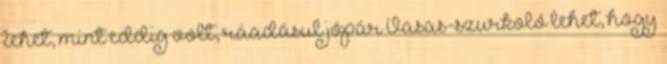
lehet, mint eddig volt, ráadásul jópár Vasas-szurkoló lehet, hogy